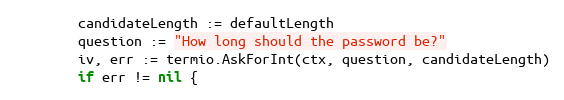
Language: Go
		candidateLength := defaultLength
		question := "How long should the password be?"
		iv, err := termio.AskForInt(ctx, question, candidateLength)
		if err != nil {